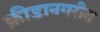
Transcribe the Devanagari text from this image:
क्रीडानगरीत